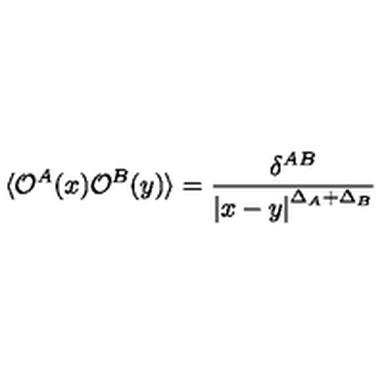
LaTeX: \langle { \cal O } ^ { A } ( x ) { \cal O } ^ { B } ( y ) \rangle = \frac { \delta ^ { A B } } { \left| x - y \right| ^ { \Delta _ { A } + \Delta _ { B } } }